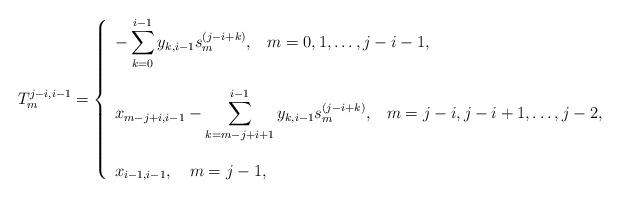
LaTeX: \begin{align*}T^{j-i,i-1}_m = \left\{\begin{array}{l}\displaystyle{-\sum_{k=0}^{i-1}y_{k,i-1}s^{(j-i+k)}_m, }\ \ \ m=0,1,\ldots,j-i-1,\\\ \\\displaystyle{ x_{m-j+i,i-1}-\sum_{k=m-j+i+1}^{i-1}y_{k,i-1}s^{(j-i+k)}_m, } \ \ \ m =j-i,j-i+1,\ldots,j-2,\\\ \\x_{i-1,i-1},\ \ \ m=j-1, \end{array}\right.\end{align*}